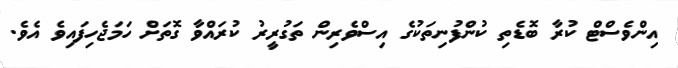
އިންވެސްޓް ކުރާ ބޮޑެތި ކުންފުނިތަކުގެ އިސްވެރިން ތަގުރީރު ކުރައްވާ ގޮތަށް ހަމަޖެހިފައިވެ އެވެ.